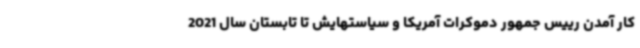
کار آمدن رییس جمهور دموکرات آمریکا و سیاستهایش تا تابستان سال 2021